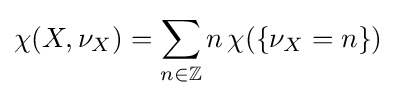
\chi (X,\nu _{X})=\sum _{n\in \mathbb {Z} }n\,\chi (\{\nu _{X}=n\})